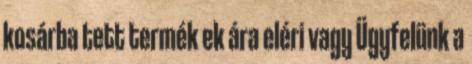
kosárba tett termék ek ára eléri vagy Ügyfelünk a